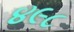
૪૯૮